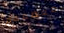
معظمهم